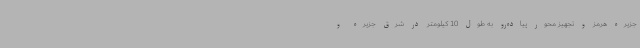
جزیره هرمز و تجهیز محور پیاده‌رو به طول 10 کیلومتر در شرق جزیره و